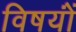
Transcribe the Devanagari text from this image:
विषयोंं